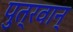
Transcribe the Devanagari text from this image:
पुत्रवान्